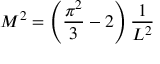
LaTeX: M ^ { 2 } = \left( \frac { \pi ^ { 2 } } { 3 } - 2 \right) \frac { 1 } { L ^ { 2 } }